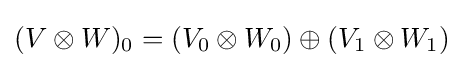
(V\otimes W)_{0}=(V_{0}\otimes W_{0})\oplus (V_{1}\otimes W_{1})